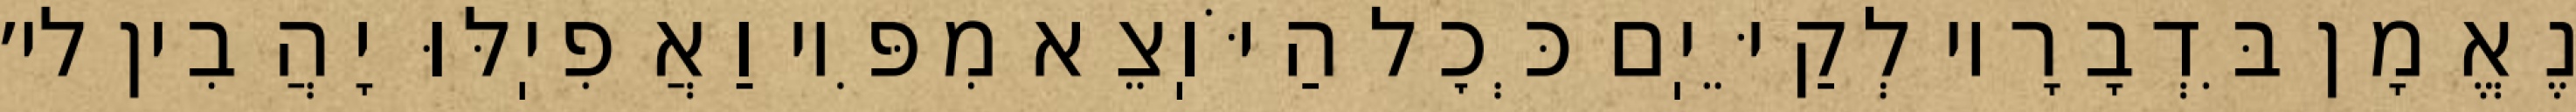
נֶאֱמָן בִּדְבָרָיו לְקַיֵּיֽם כְּכׇל הַיֹּוֽצֵא מִפִּיו וַאֲפִיֽלּוּ יָהֲבִין לי׳